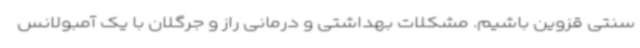
سنتی قزوین باشیم. مشکلات بهداشتی و درمانی راز و جرگلان با یک آمبولانس